Calcutta medical institutions reports 1871-78
Year: 1871
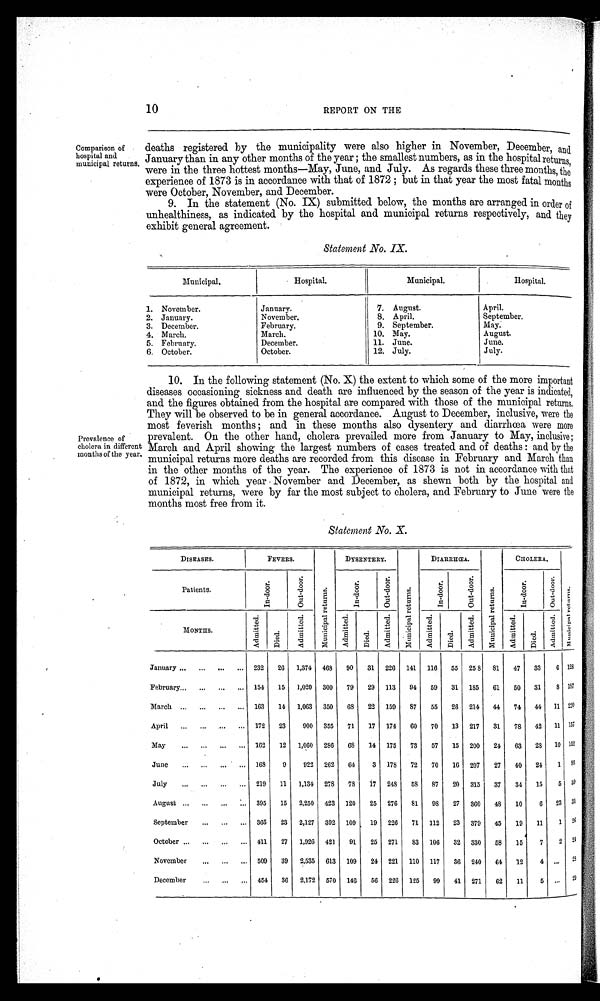
10 REPORT ON THE
Comparison of
hospital and
municipal returns.
deaths registered by the municipality were also higher in November, December, and
January than in any other months of the year; the smallest numbers, as in the hospital returns
were in the three hottest months—May, June, and July. As regards these three months, the
experience of 1873 is in accordance with that of 1872; but in that year the most fatal months
were October, November, and December.
9. In the statement (No. IX) submitted below, the months are arranged in order of
unhealthiness, as indicated by the hospital and municipal returns respectively, and they
exhibit general agreement.
Statement No. IX.
Municipal.
Hospital.
Municipal.
Hospital.
1. November.
January.
7. August.
April.
2. January.
November
8. April.
September.
3. December.
February.
9. September.
May.
4. March.
March.
10. May.
August.
5. February.
December.
11. June.
June.
6. October.
October.
12. July.
July.
Prevalence of
cholera in different
months of the year.
10. In the following statement (No. X) the extent to which some of the more important
diseases occasioning sickness and. death are influenced by the season of the year is indicated,
and the figures obtained from the hospital are compared with those of the municipal returns
,
They will be observed to be in general accordance. August to December, inclusive, were the
most feverish months; and in these months also dysentery and diarrhœa were more
prevalent. On the other hand, cholera prevailed more from January to May, inclusive;
March and April showing the largest numbers of eases treated and of deaths: and by the
municipal returns more deaths are recorded from this disease in February and March than
in the other months of the year. The experience of 1873 is not in accordance with that
of 1872, in which year November and December, as shewn both by the hospital and
municipal returns, were by far the most subject to Cholera, and February to June were the
months most free from it.
Statement No. X.
DISEASES.
FEVERS.
M u n i c i p a l r e t u r n s .
DYSENTERY.
M u n i c i p a l r e t u r n s .
DIARRHŒA.
M u n i c i p a l r e t u r n s .
CHOLERA.
M u n i c i p a l r e t u r n s .
Patients.
I n - d o o r .
O u t - d o o r .
I n - d o o r . O u t - d o o r .
I n - d o o r .
O u t - d o o r .
I n - d o o r s .
O u t - d o o r .
M O N T H S .
A d m i t t e d .
D i e d .
A d m i t t e d .
A d m i t t e d .
D i e d .
A d m i t t e d .
A d m i t t e d .
D i e d .
A d m i t t e d .
A d m i t t e d .
D i e d .
A d m i t t e d .
January
232
26 1,374 468
90
31 226 141 116
55 258 81
47
33
6 128
February
154
15 1,020 300
79
29 113
94
59
31 185
61
50
31
8 187
March
163
14 1,063 350
68
22 159
87
55
26 214
44
74
44
11
2 2 0
April
172
23
900 355
71
17 174
6 0 70
13 217
31
78
42
11 157
May
162
12 1,060 286
68
14 175
73
57
15 200
24
63
23
10
1 5 2
June
168
9
922 262
64
3 178
72
70
16 207
27
40
24
1
9 3
July
219
11
1,134 278 78
17 243
58
87
20 315
37
34
15
5
5 9
August
395
15
2,250 423 120
25 276
81
98
27 360
48
10
6
23
3 1
September
365
23 2,127 392 109
19 226
71 112
23 379
45
19
11
1 26
October
411
27 1,926 421
91 25 271
8 3 106
32 330
58
15
7
2 24
November
509
39 2,535 613 109
24 221 110 117
36 240
64
12
4
. . .
2 8
December
454
36 2,172 570 146
56 226 125
99
41 271
62
11
5
. . .
2 9